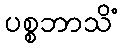
ပစ္စဘာသိံ